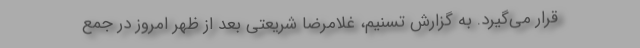
قرار می‌گیرد. به گزارش تسنیم، غلامرضا شریعتی بعد از ظهر امروز در جمع